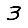
Digit: 3